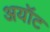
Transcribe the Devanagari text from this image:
अयॉट